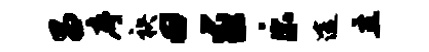
昌序袂田求乐途主